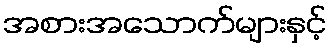
အစားအသောက်များနှင့်